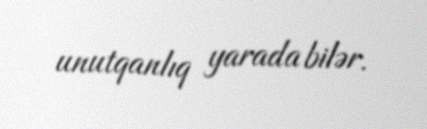
unutqanlıq yarada bilər.